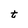
Character: t